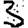
Digit: 3